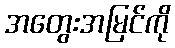
အတွေးအမြင်ကို